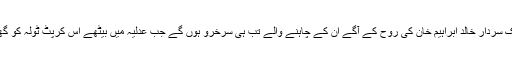
راقم کے نزدیک سردار خالد ابراہیم خان کی روح کے آگے اُن کے چاہنے والے تب ہی سُرخرو ہوں گے جب عدلیہ میں بیٹھے اس کرپٹ ٹولہ کو گھر بھیجیں گے۔